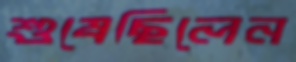
শুষেছিলেন